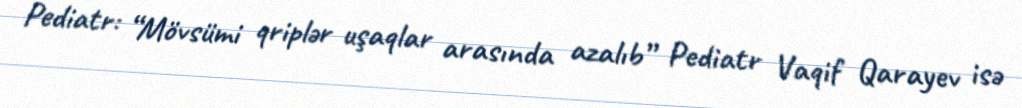
Pediatr: “Mövsümi qriplər uşaqlar arasında azalıb” Pediatr Vaqif Qarayev isə